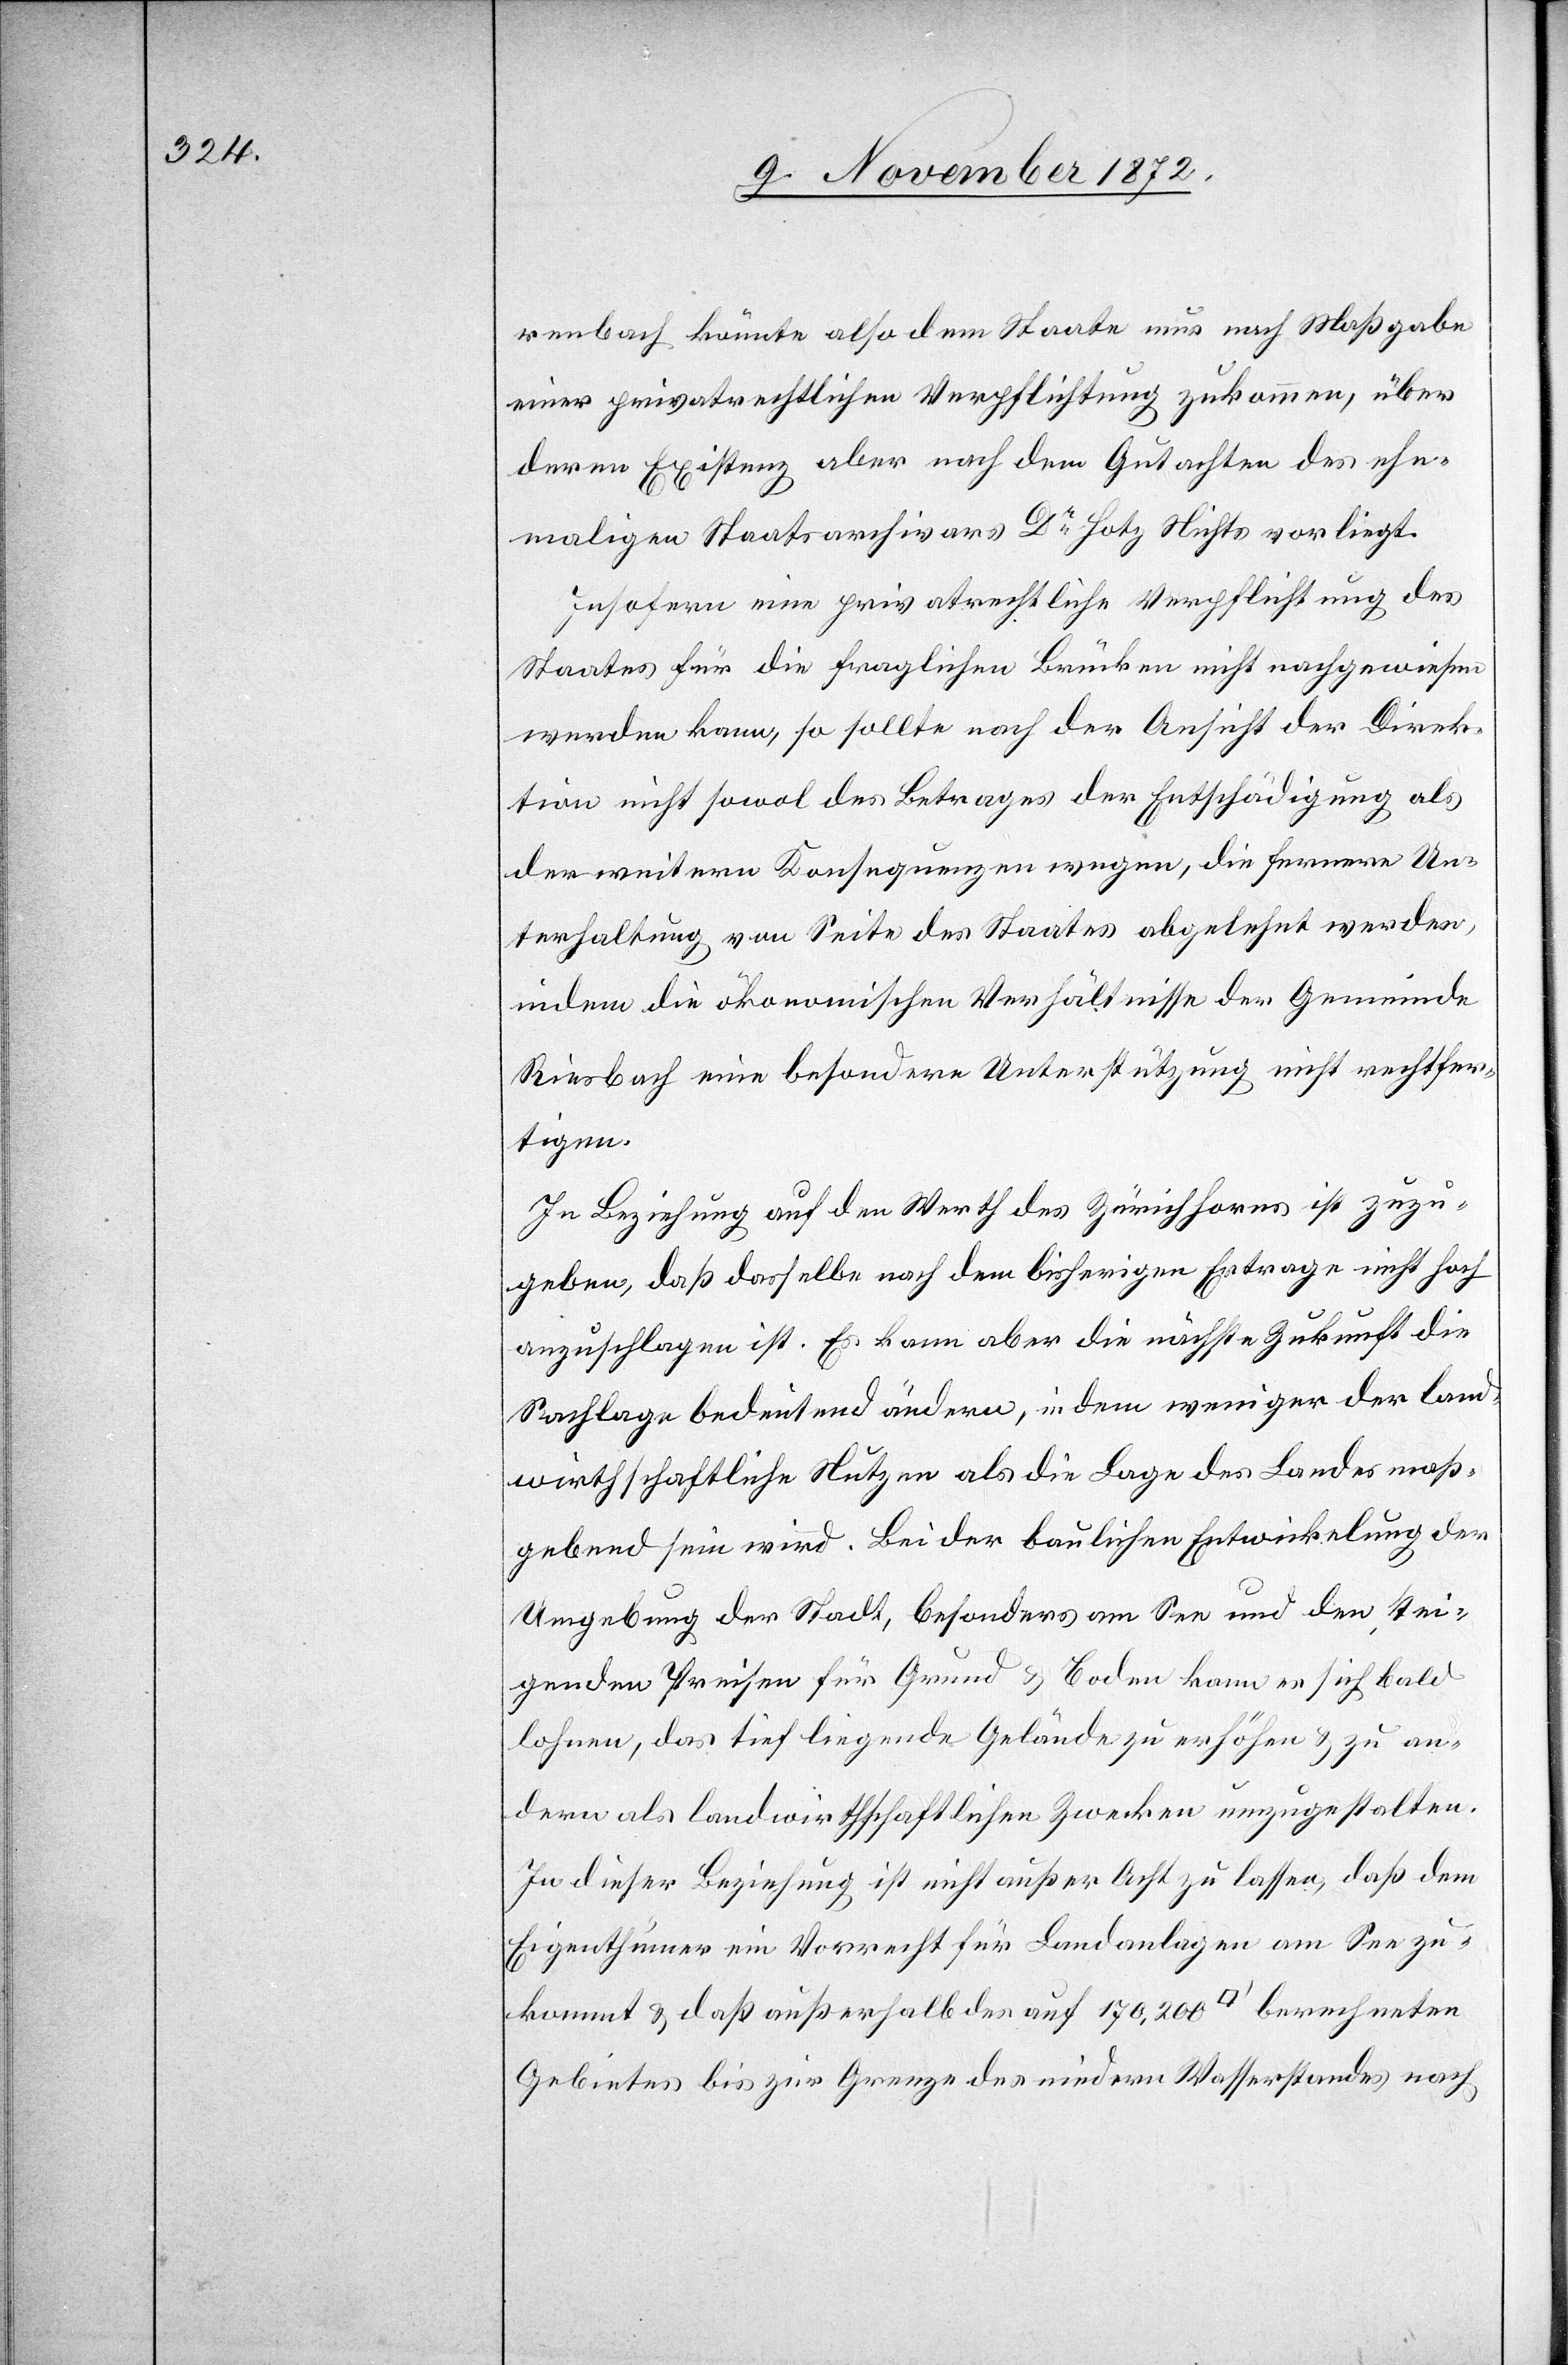
renbach könnte also dem Staate nur nach Maßgabe
einer privatrechtlichen Verpflichtung zukommen, über
deren Existenz aber nach dem Gutachten des ehe¬
maligen Staatsarchivars Dr Hotz Nichts vorliegt.
Insofern eine privatrechtliche Verpflichtung des
Staates für die fraglichen Brücken nicht nachgewiesen
werden kann, so sollte nach der Ansicht der Direk¬
tion nicht sowol des Betrages der Entschädigung als
der weitern Konsequenzen wegen, die fernere Un¬
terhaltung von Seite des Staates abgelehnt werden,
indem die ökonomischen Verhältnisse der Gemeinde
Riesbach eine besondere Unterstützung nicht rechtfer¬
tigen.
In Beziehung auf den Werth des Zürichhorns ist zuzu¬
geben, daß dasselbe nach dem bisherigen Ertrage nicht hoch
anzuschlagen ist. Es kann aber die nächste Zukunft die
Sachlage bedeutend ändern, indem weniger der land¬
wirthschaftliche Nutzen als die Lage des Landes maß¬
gebend sein wird. Bei der baulichen Entwickelung der
Umgebung der Stadt, besonders am See und den stei¬
genden Preisen für Grund u. Boden kann es sich bald
lohnen, das tief liegende Gelände zu erhöhen u. zu an¬
dern als landwirthschaftlichen Zwecken umzugestalten.
In dieser Beziehung ist nicht außer Acht zu lassen, daß dem
Eigenthümer ein Vorrecht für Landanlagen am See zu¬
kommt u. daß außerhalb des auf 170,200 [Quadratfuss] berechneten
Gebietes bis zur Grenze des niedern Wasserstandes nach